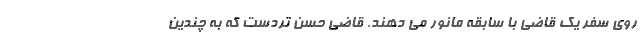
روی سفر یک قاضی با سابقه مانور می دهند. قاضی حسن تردست که به چندین